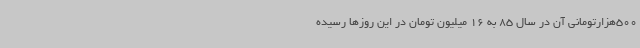
500‌هزارتومانی آن در سال 85 به 16 میلیون تومان در این روزها رسیده